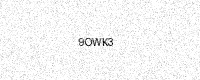
Text: 9OWK3